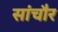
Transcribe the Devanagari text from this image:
सांचौर